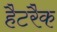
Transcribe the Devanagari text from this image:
हैटरैक